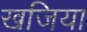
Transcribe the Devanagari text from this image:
खजिया